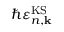
\hbar \varepsilon _ { n , { \bf k } } ^ { \mathrm { K S } }